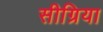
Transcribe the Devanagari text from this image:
सीग्रिया